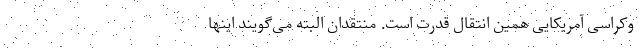
وکراسی آمریکایی همین انتقال قدرت است. منتقدان البته می‌گویند اینها